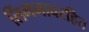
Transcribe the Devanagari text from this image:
लिंगभावरहित